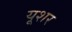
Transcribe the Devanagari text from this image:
यूशर